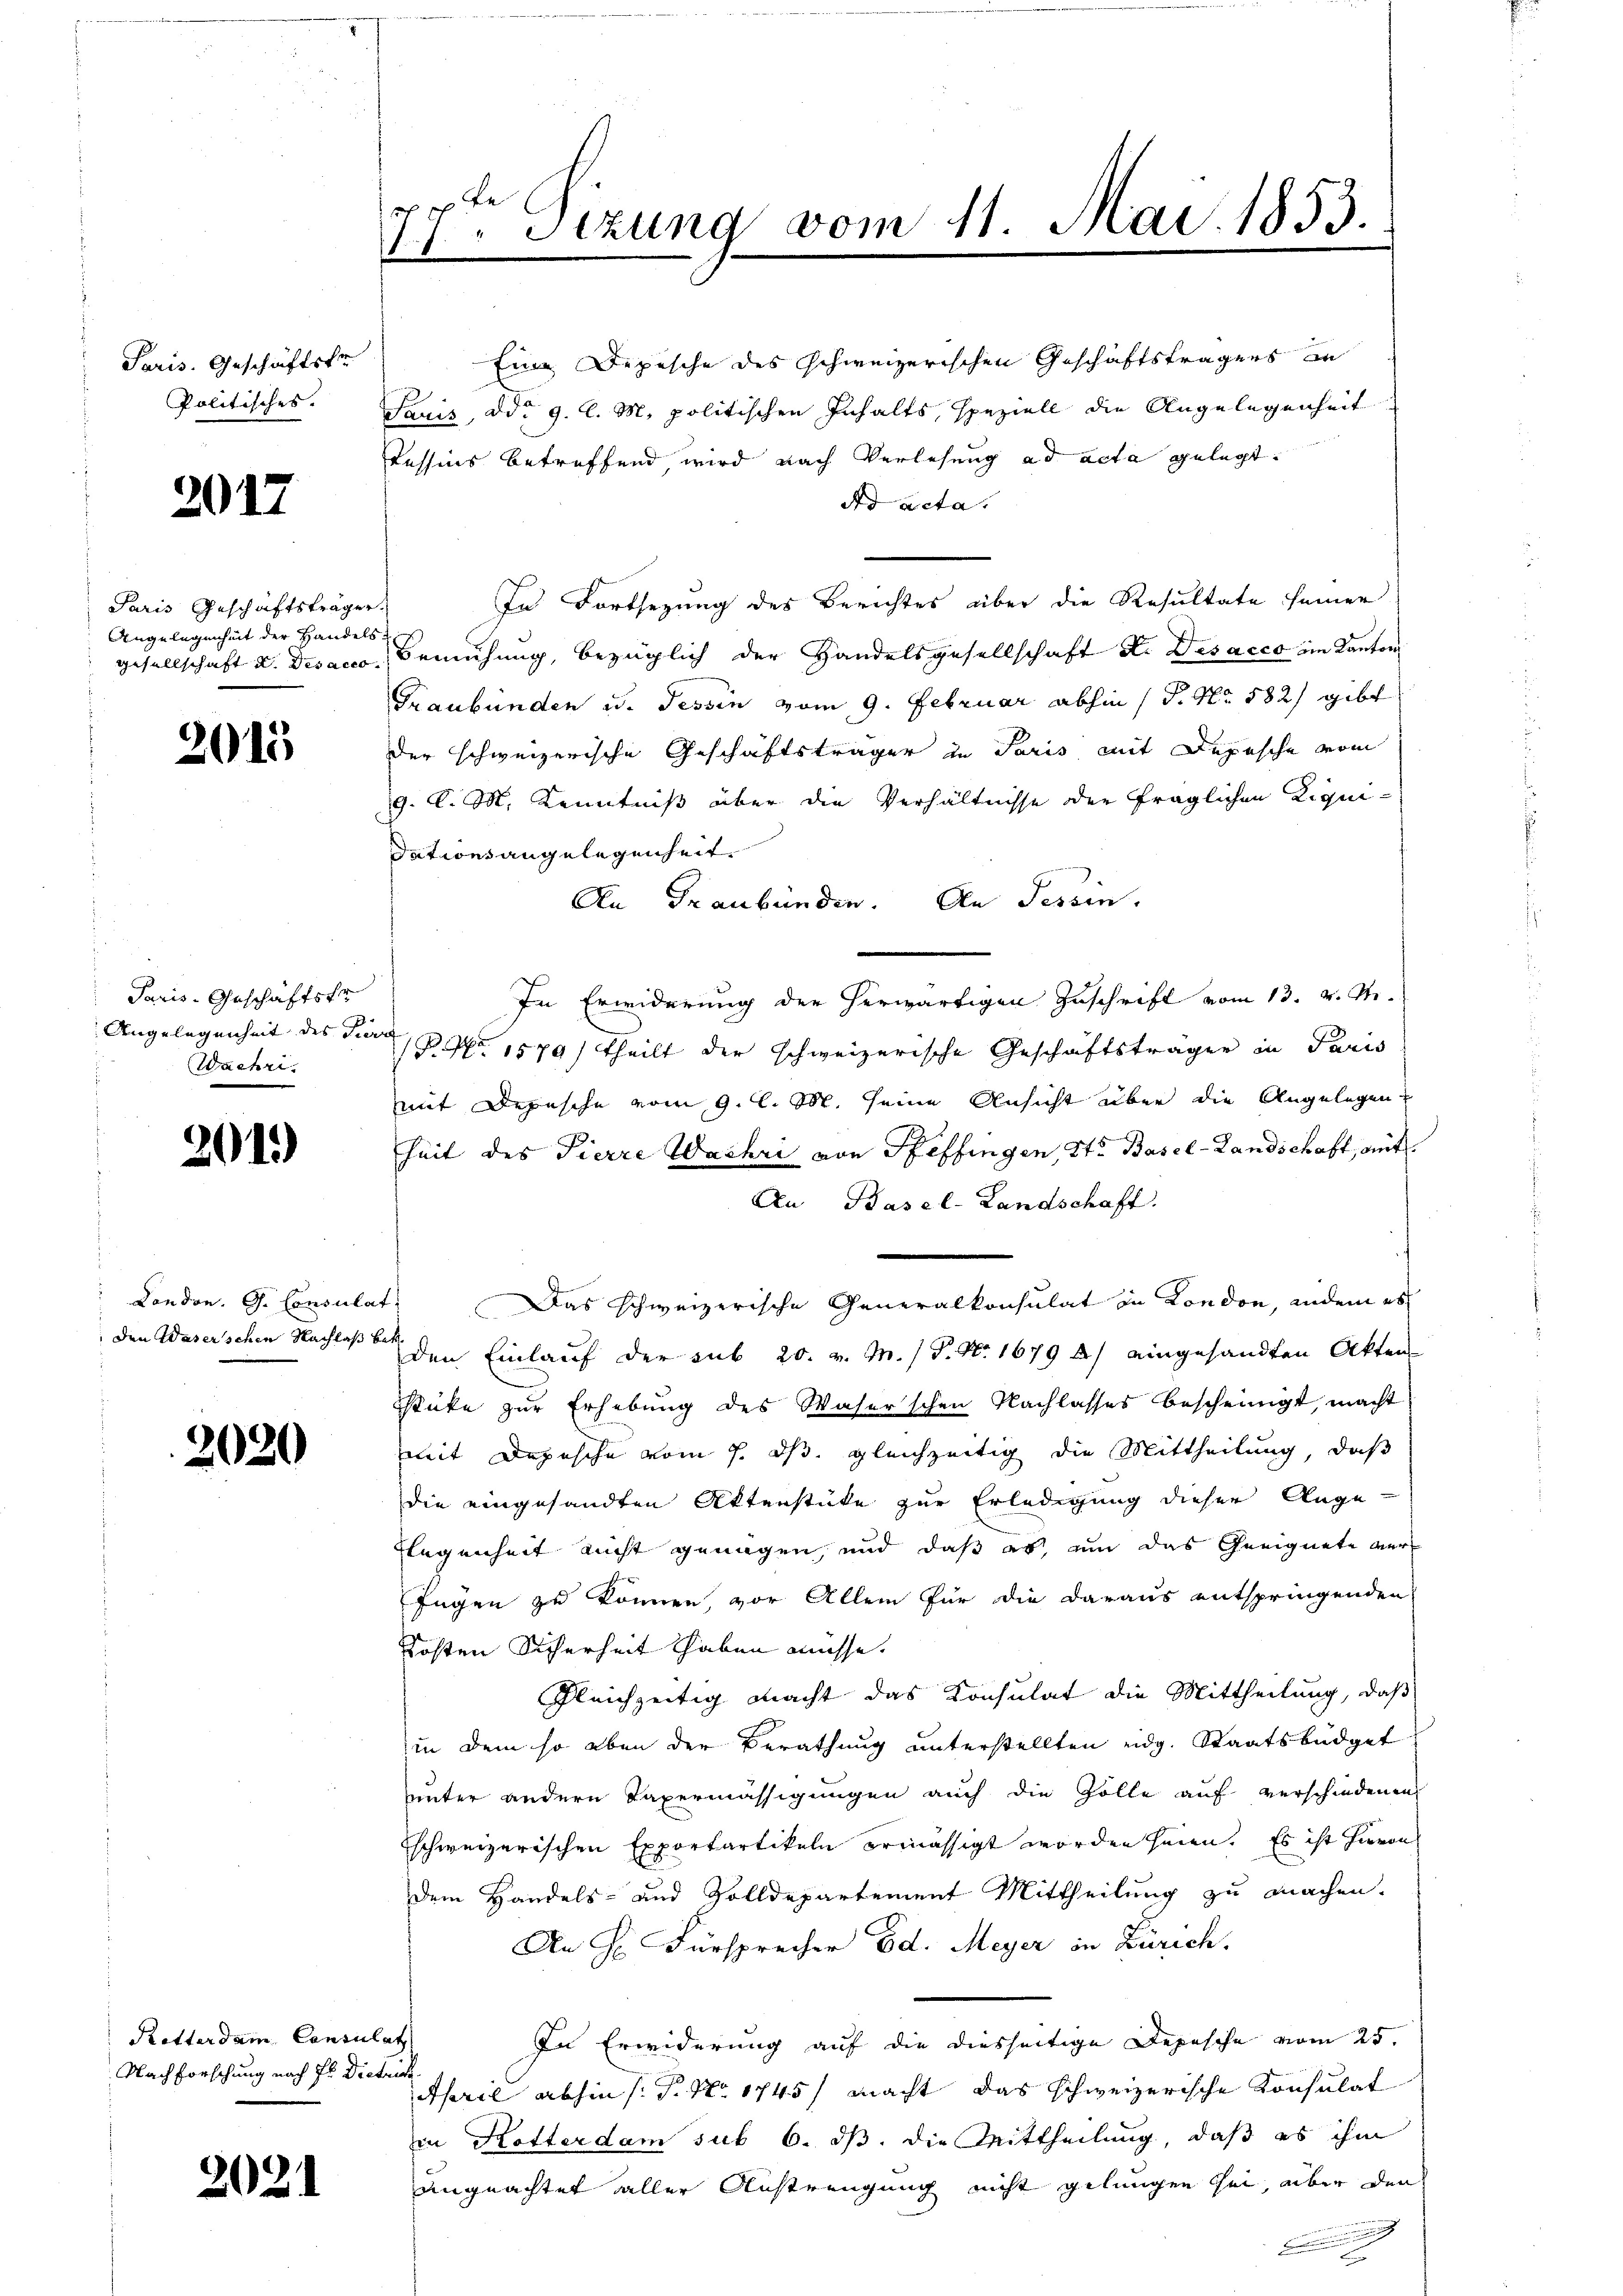
Paris. Geschäftsfr
Politisches.

2017

Paris Geschäftsträger
Angelegenheit der Handels.

2015

Paris, Geschäftsfr
Wachri

201)

2020

Retterdam Consulat
Nachforschung nach Hr. Dietrich.

2021

ch
17ten Dezung vom 11. Mai 1853.

Eine Depesche des schweizerischen Geschäftsträgers an
Tauis, ddo 9. l. M. politischen Inhalts, speziell die Angelegenheit
Tessins betreffend, wird nach Verlesung ad acta gelegt.
dd acta
In Fortsezung des Berichtes über die Resultate seiner
gesellschaft d. Desacco Bemühung, bezüglich der Handelsgesellschaft d. Des acco ein Kanton
Graubünden u. Tessin vom 9. Februar abhin (T. No. 582) gibt
der schweizerische Geschäftsträger in Paris mit Depesche vom
9. C. M. Kenntniß über die Verhältnisse der fraglichen Liquidationsangelegenheit.
An Graubünden. An Tessin.
In Erwiderung der herwärtigen Zuschrift vom 13. v. M.
Angelegenheit des Jura, P. Nr. 1579) theilt der schweizerische Geschäftsträger in Paris
mit Depesche vom 9. l. M. seine Ansicht über die Angelegen
heit des Pierre Wachri von Pfeffingen, St. Basel-Landschaft, mit
An Basel-Landschaft.
London. G. Consulat. Das schweizerische Generalkonsulat in London, indem es
 den Waserschen Nachlaß bei den Einlauf der sub 20. v. M. / P. Nr. 1679 a) eingesandten Akten
stücke zur Erhebung des Waserschen Nachlasses bescheinigt, macht
mit Depesche vom 7. ds. gleichzeitig die Mittheilung, daß
die eingesandten Aktenstücke zur Erledigung dieser Ange-
Flegenheit nicht genügen, und daß es, um das Geeignete ver¬
Jugen zu können, vor Allem für die daraus entspringenden
Kosten Sicherheit haben müsse.
Gleichzeitig macht das Konsulat die Mittheilung, daß
in dem so eben der Berathung unterstellten eidg. Staatsbüdget
uunter andern Taxermässigungen auch die Zolle auf verschiedenen
schweizerischen Exportartikeln ermässigt worden seien. Es ist hievon
dem Handels- und Solldepartement Mittheilung zu machen.
An H. Fürsprecher Ed. Meyer in Zürich.
In Erwiderung auf die diesseitige Depesche vom 25.
April abhin (: P. Nr. 1745) Macht das schweizerische Konsulat
in Hotterdam sub 6. ds. die Mittheilung, daß es ihm
ungeachtet aller Anstrengung nicht gelungen sei, aber den
.